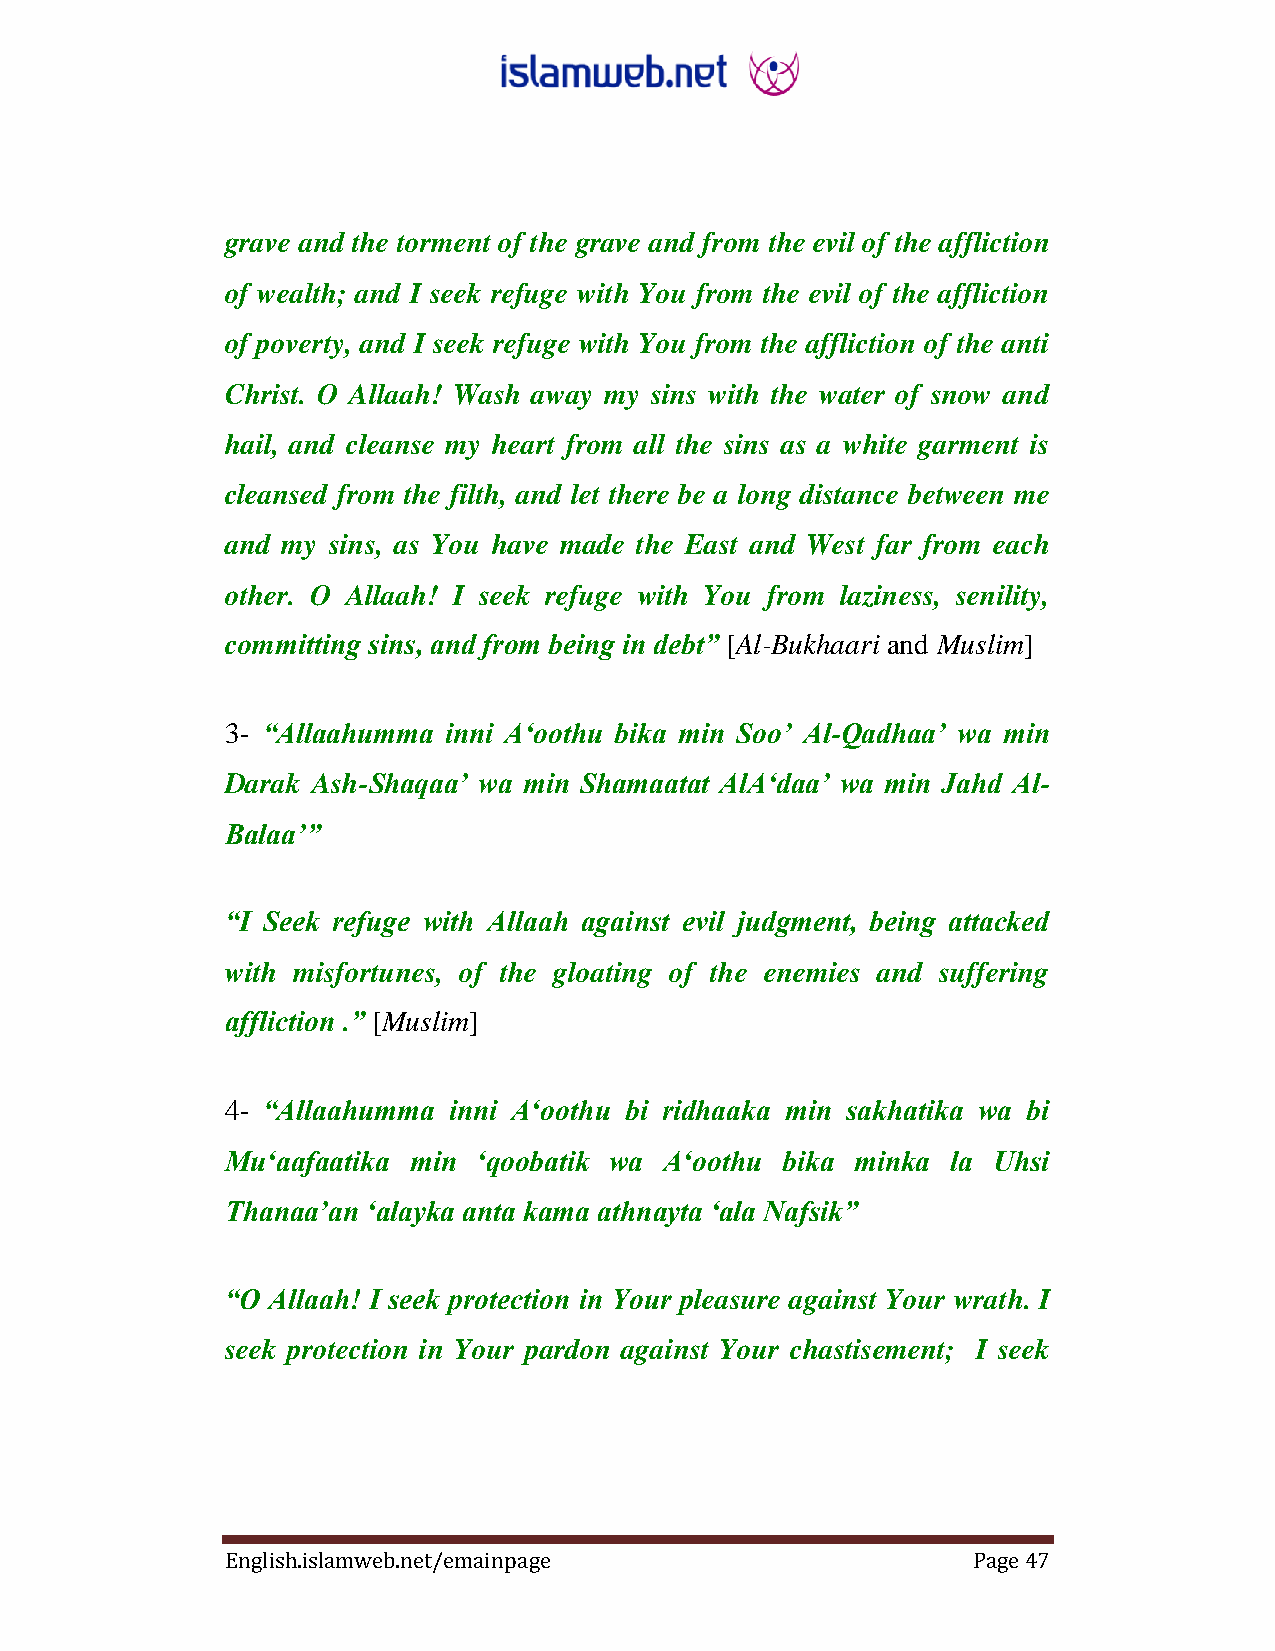
grave and the torment of the grave and from the evil of the affliction
 of wealth; and I seek refuge with You from the evil of the affliction
 of poverty, and I seek refuge with You from the affliction of the anti
 Christ. O Allaah! Wash away my sins with the water of snow and
 hail, and cleanse my heart from all the sins as a white garment is
 cleansed from the filth, and let there be a long distance between me
 and my sins, as You have made the East and West far from each
 other. O Allaah! I seek refuge with You from laziness, senility,
 committing sins, and from being in debt” [Al-Bukhaari and Muslim]
 3- “Allaahumma inni A„oothu bika min Soo‟ Al-Qadhaa‟ wa min
 Darak Ash-Shaqaa‟ wa min Shamaatat AlA„daa‟ wa min Jahd Al-
 Balaa‟”
 “I Seek refuge with Allaah against evil judgment, being attacked
 with misfortunes, of the gloating of the enemies and suffering
 affliction .” ‎[Muslim]‎
 4- “Allaahumma inni A„oothu bi ridhaaka min sakhatika wa bi
 Mu„aafaatika min „qoobatik wa A„oothu bika minka la Uhsi
 Thanaa‟an „alayka anta kama athnayta „ala Nafsik”
 “O Allaah! I seek protection in Your pleasure against Your wrath. I
 seek protection in Your pardon against Your chastisement; I seek
 English.islamweb.net/emainpage                   Page 47